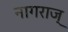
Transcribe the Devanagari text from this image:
नागराज्